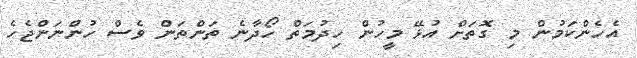
އެހެންކަމުން މި ގޮތަށް އުޅޭ މީހުން ހިދުމަތް ހޯދާނެ ތަންތަން ވެސް ހުންނަންޖެހެ